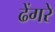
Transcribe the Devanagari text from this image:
ढेंगरे